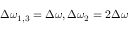
\Delta \omega _ { 1 , 3 } = \Delta \omega , \Delta \omega _ { 2 } = 2 \Delta \omega